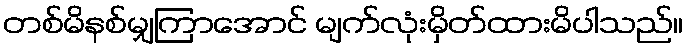
တစ်မိနစ်မျှကြာအောင် မျက်လုံးမှိတ်ထားမိပါသည်။